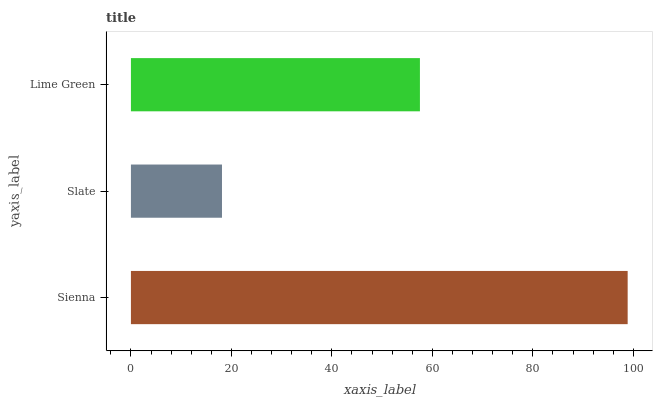
| yaxis_label | bars |
 | --- | --- |
 | Sienna | 98.9 |
 | Slate | 18.1 |
 | Lime Green | 57.5 |